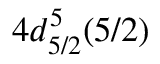
4 d _ { 5 / 2 } ^ { 5 } ( 5 / 2 )